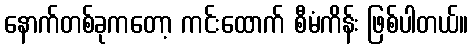
နောက်တစ်ခုကတော့ ကင်းထောက် စီမံကိန်း ဖြစ်ပါတယ်။